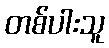
တစ်ပါးသူ